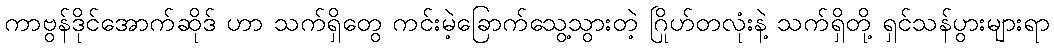
ကာဗွန်ဒိုင်အောက်ဆိုဒ် ဟာ သက်ရှိတွေ ကင်းမဲ့ခြောက်သွေ့သွားတဲ့ ဂြိုဟ်တလုံးနဲ့ သက်ရှိတို့ ရှင်သန်ပွားများရာ